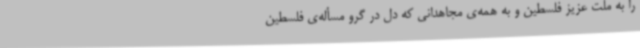
را به ملت عزیز فلسطین و به همه‌ی مجاهدانی که دل در گرو مسأله‌ی فلسطین